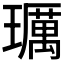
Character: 𤪲